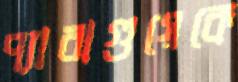
প্যারাগুয়েকে